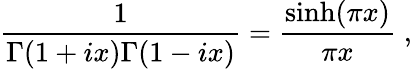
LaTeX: {\frac{1}{\Gamma(1+ix)\Gamma(1-ix)}}={\frac{\sinh(\pi x)}{\pi x}}\; ,